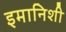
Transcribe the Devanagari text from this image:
इमानिशी